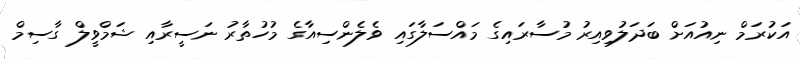
އަކުރަމް ނިއުއަށް ބަދަލުވިއިރު މުސާރައިގެ މައްސަލާގައި ވެލެންސިއާގެ މުހުތާރު ނަސީރާއި ޝަމްވީލް ގާސިމް